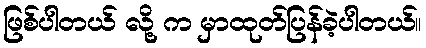
ဖြစ်ပါတယ် လို့ က မှာထုတ်ပြန်ခဲ့ပါတယ်။